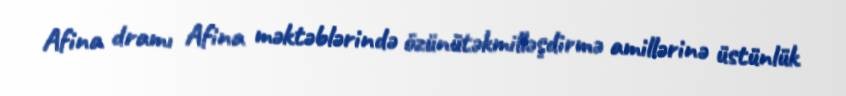
Afina dramı Afina məktəblərində özünütəkmilləşdirmə amillərinə üstünlük